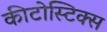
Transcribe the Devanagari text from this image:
कीटोस्टिक्स